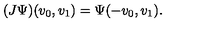
( J \Psi ) ( v _ { 0 } , v _ { 1 } ) = \Psi ( - v _ { 0 } , v _ { 1 } ) .